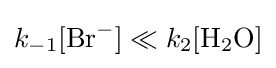
k_{-1}[{\text{Br}}^{-}]\ll k_{2}[{\text{H}}_{2}{\text{O}}]